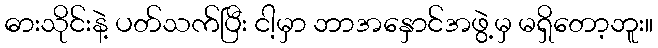
ဓားသိုင်းနဲ့ ပတ်သက်ပြီး ငါ့မှာ ဘာအနှောင်အဖွဲ့မှ မရှိတော့ဘူး။